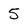
Character: 5